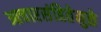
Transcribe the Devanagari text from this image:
आचारसंहितेमुळे